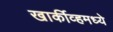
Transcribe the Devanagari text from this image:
खार्कीव्हमध्ये